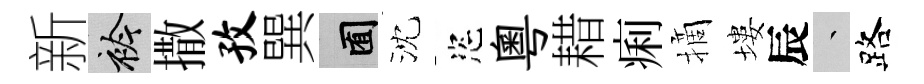
新衿撒孜巽囿沈恣粵耤痢摘塿辰叢路